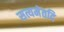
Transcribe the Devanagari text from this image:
सत्यमेतदि